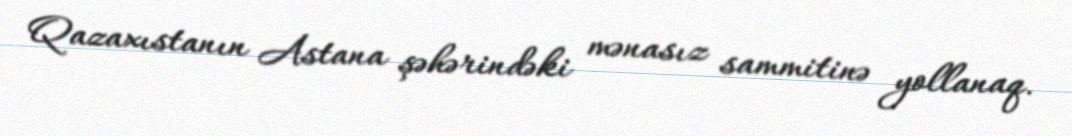
Qazaxıstanın Astana şəhərindəki mənasız sammitinə yollanaq.